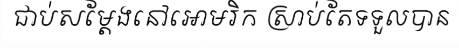
ជាប់សម្តែងនៅអោមរិក ស្រាប់តែទទួលបាន